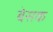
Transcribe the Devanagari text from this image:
बेसक